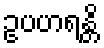
ဥပဟရန္တိ